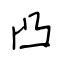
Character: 凸